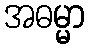
အဓမ္မာ